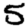
Digit: 5